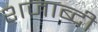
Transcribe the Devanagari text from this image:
शजाब्दी